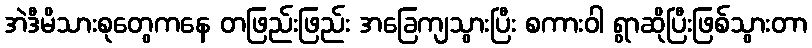
အဲဒီမိသားစုတွေကနေ တဖြည်းဖြည်း အခြေကျသွားပြီး စကားဝါ ရွာဆိုပြီးဖြစ်သွားတာ